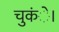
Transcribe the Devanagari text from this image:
चुकंे।